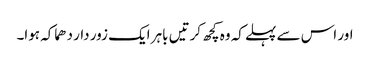
اور اس سے پہلے کہ وہ کچھ کرتیں باہر ایک زور دار دھماکہ ہوا۔